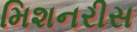
મિશનરીસ